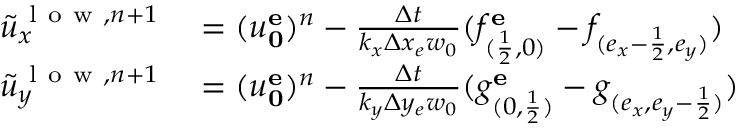
\begin{array} { r l } { \tilde { u } _ { x } ^ { \mathrm { ~ l ~ o ~ w ~ } , n + 1 } } & { { } = ( u _ { \mathbf { 0 } } ^ { \mathbf { e } } ) ^ { n } - \frac { \Delta t } { k _ { x } \Delta x _ { e } w _ { 0 } } ( f _ { ( \frac { 1 } { 2 } , 0 ) } ^ { \mathbf { e } } - f _ { ( e _ { x } - \frac { 1 } { 2 } , e _ { y } ) } ) } \\ { \tilde { u } _ { y } ^ { \mathrm { ~ l ~ o ~ w ~ } , n + 1 } } & { { } = ( u _ { \mathbf { 0 } } ^ { \mathbf { e } } ) ^ { n } - \frac { \Delta t } { k _ { y } \Delta y _ { e } w _ { 0 } } ( g _ { ( 0 , \frac { 1 } { 2 } ) } ^ { \mathbf { e } } - g _ { ( e _ { x } , { e _ { y } - \frac { 1 } { 2 } } ) } ) } \end{array}